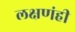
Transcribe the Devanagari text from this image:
लक्षणंही